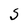
Character: S